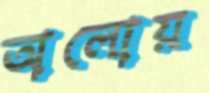
অলোয়